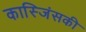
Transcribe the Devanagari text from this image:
कास्जिंसकी